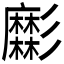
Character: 𢒹